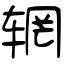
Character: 辋